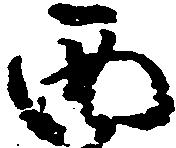
西